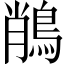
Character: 𪁎